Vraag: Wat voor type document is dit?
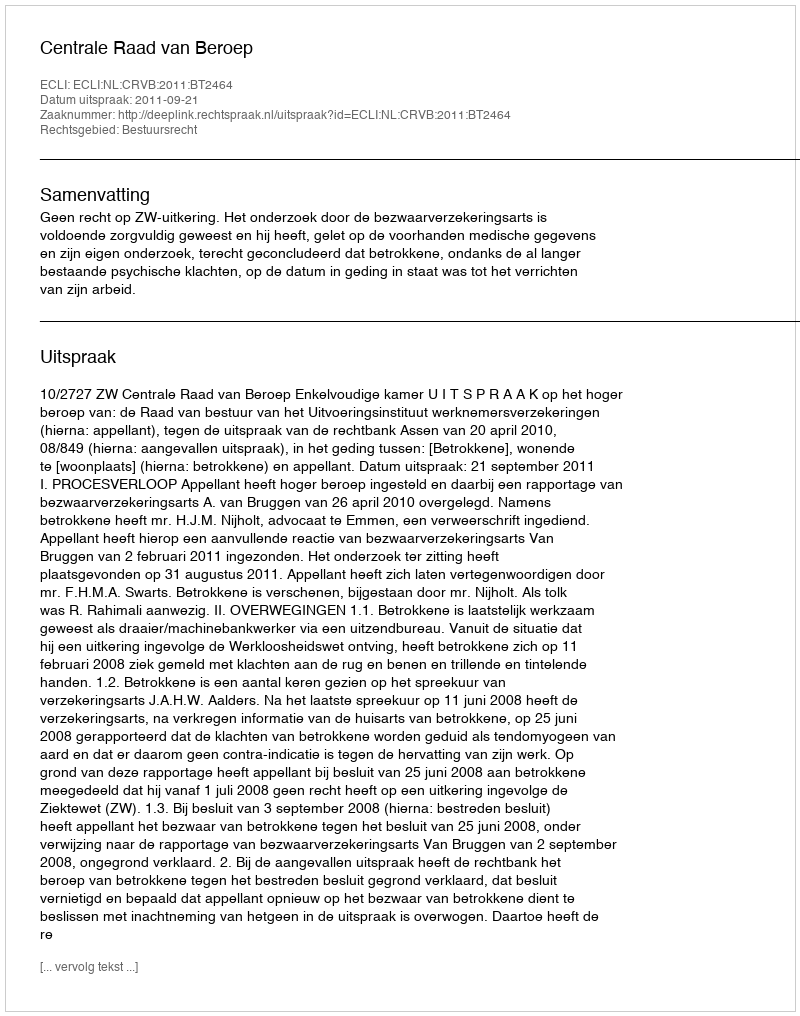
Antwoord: Uitspraak